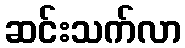
ဆင်းသက်လာ